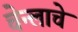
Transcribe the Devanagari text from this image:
चेन्लाचे